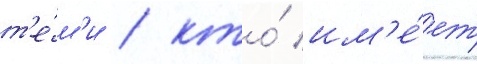
т'е́м'и / кто́ им'е́ет